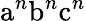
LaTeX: {\mathrm{a}}^{n}{\mathrm{b}}^{n}{\mathrm{c}}^{n}